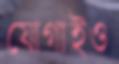
যোগাইও